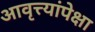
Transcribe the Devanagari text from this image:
आवृत्त्यांपेक्षा